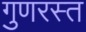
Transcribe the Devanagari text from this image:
गुणरस्त